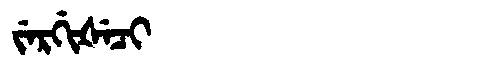
Manchu: ᠵᡝᡵᡤᡳᡧᡝᠴᡳ
Romanization: JERGIŠECI